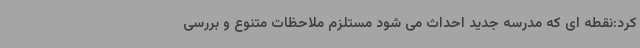
کرد:نقطه ای که مدرسه جدید احداث می شود مستلزم ملاحظات متنوع و بررسی